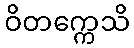
ဝိတက္ကေသိ